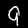
Label: 9